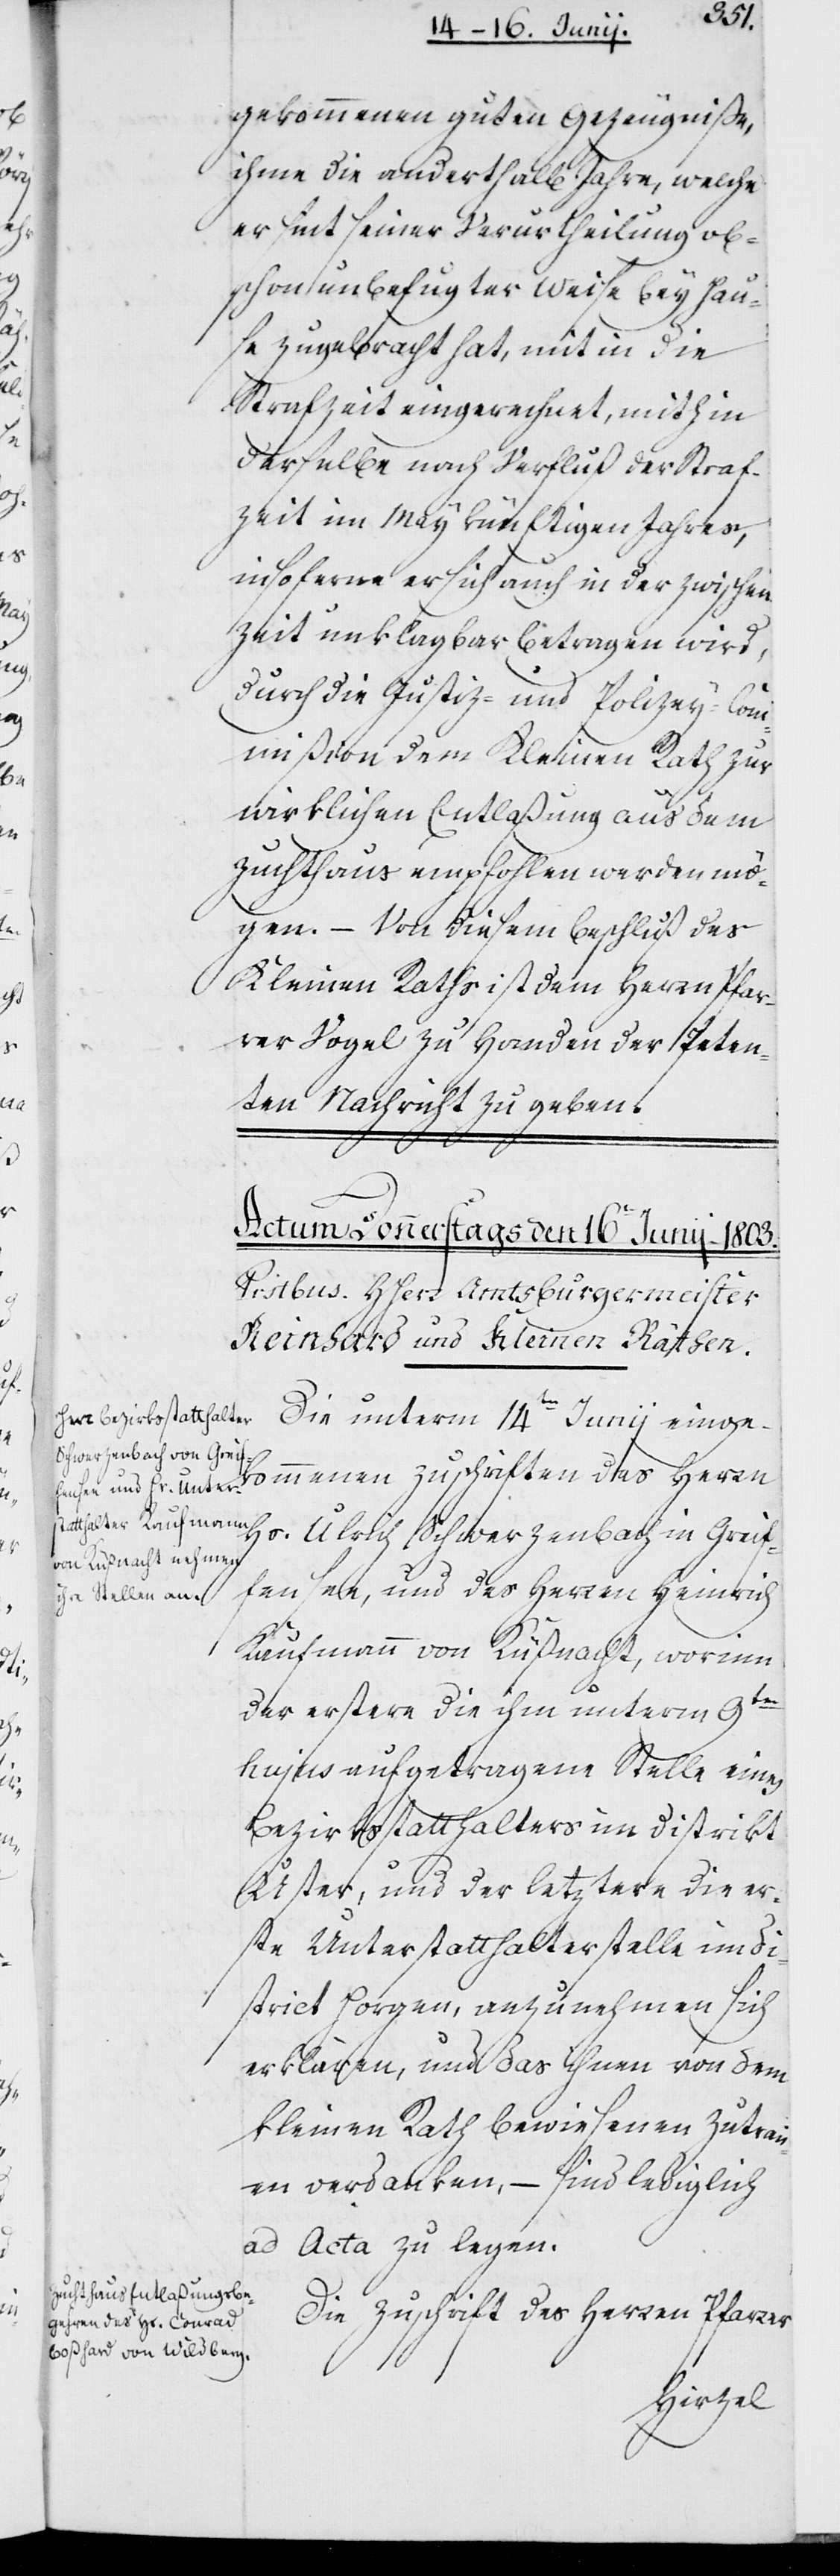
Zutr¬
gekommenen guten Gezeugniße,
ihme die anderthalb Jahre, welche
er seit seiner Verurtheilung ob¬
schon unbefugter Weise bey Hau¬
se zugebracht hat, mit in die
Strafzeit eingerechnet, mithin
derselbe nach Verfluß der Straf¬
zeit im May künftigen Jahres,
insoferne er sich auch in der Zwischen¬
zeit unklagbar betragen wird,
durch die Justiz- und Polizey-Com¬
mißion dem Kleinen Rath zur
wirklichen Entlaßung aus dem
Zuchthaus empfohlen werden mö¬
gen. – Von diesem Beschluß des
Kleinen Raths ist dem Herrn Pfar¬
rer Vogel zu Handen der Peten¬
ten Nachricht zu geben.
Die unterm 14ten Junij einge¬
kommenen Zuschriften des Herrn
Hs. Ulrich Schwerzenbach in Greif¬
fensee, und des Herren Heinrich
Kaufmann von Küßnacht, worinn
der erstere die ihm unterm 9ten
hujus aufgetragene Stelle eines
Bezirksstatthalters im Distrikt
Uster, und der letztere die er¬
ste Unterstatthalterstelle im Di¬
strikt Horgen anzunehmen sich
erklären, und das ihnen von dem
Kleinen Rath bewiesenen [sic!]
auen verdanken, – sind lediglich
ad Acta zu legen.
Die Zuschrift des Herren Pfarrer